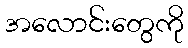
အလောင်းတွေကို